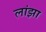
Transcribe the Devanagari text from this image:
लांझा